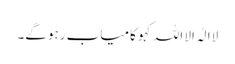
لاالٰہ الا اللہ کہو کامیاب رہوگے۔